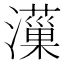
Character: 𤂋